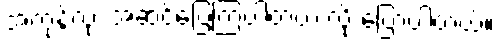
အကုန်လုံး အဆင်ပြေကြပါတယ် လို့ ပြောပါတယ်။